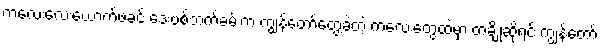
ကလေးလေးယောက်ဖခင် ဒေးဗစ်ဘက်ခမ်းက ကျွန်တော်တွေ့ခဲ့တဲ့ ကလေးတွေထဲမှာ တချို့ဆိုရင် ကျွန်တော့်